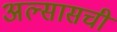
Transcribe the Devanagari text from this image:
अल्सासची